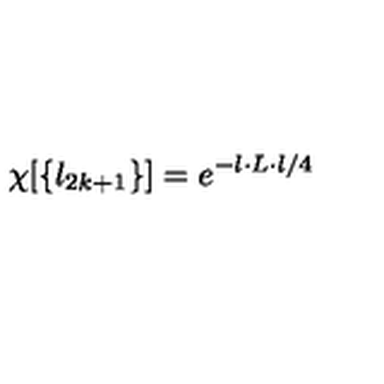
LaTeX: \chi [ \{ l _ { 2 k + 1 } \} ] = e ^ { - l \cdot L \cdot l / 4 }